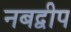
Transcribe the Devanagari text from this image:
नबद्वीप